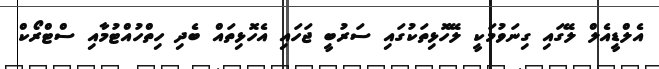
އެލްޑީއެލް ލޭގައި ގިނަވުމަކީ ލޭހޮޅިތަކުގައި ސަރުބީ ޖަހައި އެހޮޅިތައް ބެދި ހިތްހުއްޓުމާއި ސްޓްރޯކް